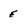
Character: E